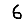
Digit: 6